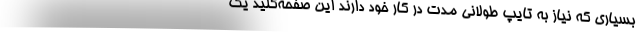
بسیاری که نیاز به تایپ طولانی مدت در کار خود دارند این صفحه‌کلید یک